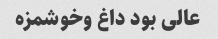
عالی بود داغ وخوشمزه